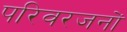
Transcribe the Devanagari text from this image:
परिवरजनों